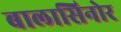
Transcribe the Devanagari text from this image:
बालासिनोर